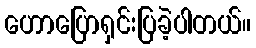
ဟောပြောရှင်းပြခဲ့ပါတယ်။